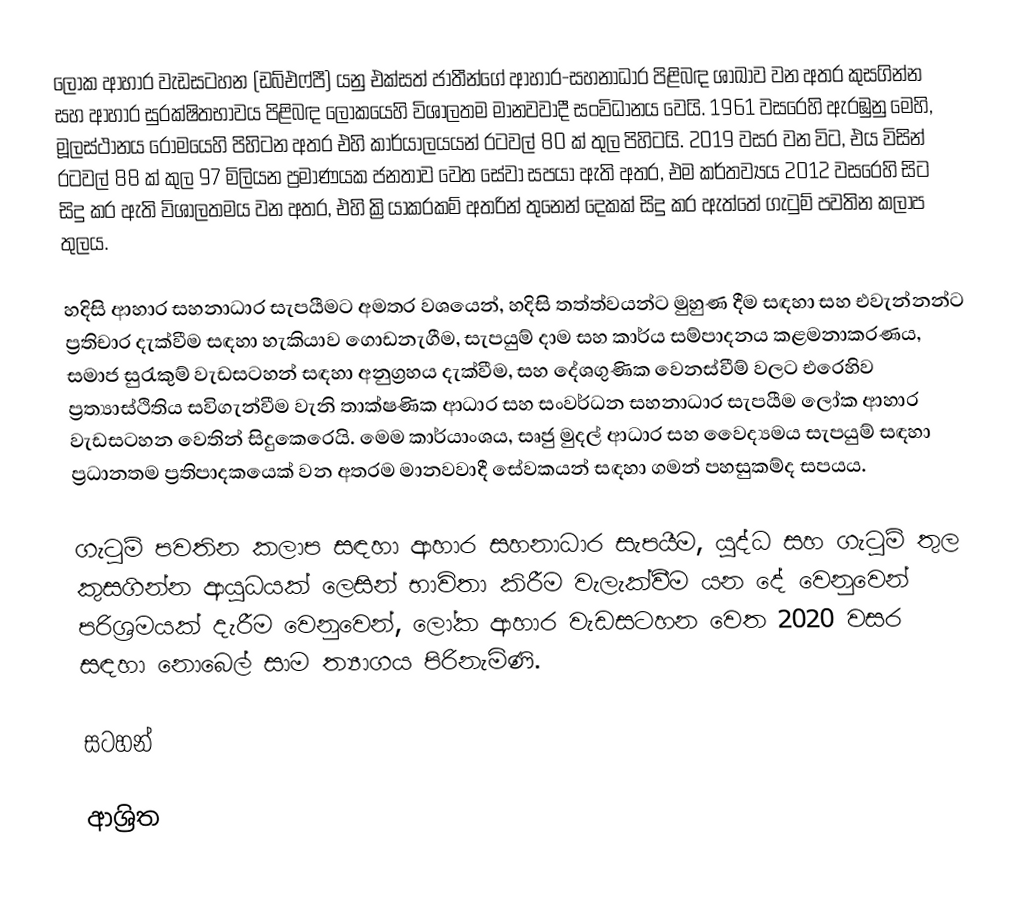
ලෝක ආහාර වැඩසටහන (ඩබ්එෆ්පී) යනු  එක්සත් ජාතීන්ගේ ආහාර-සහනාධාර පිළිබඳ ශාඛාව වන අතර කුසගින්න සහ  ආහාර සුරක්ෂිතභාවය පිළිබඳ ලෝකයෙහි විශාලතම මානවවාදී සංවිධානය වෙයි.   1961 වසරෙහි ඇරඹුනු මෙහි, මූලස්ථානය රෝමයෙහි පිහිටන අතර එහි කාර්යාලයයන් රටවල් 80 ක් තුල පිහිටයි.   2019 වසර වන විට, එය විසින්  රටවල් 88 ක් කුල 97 මිලියන ප්‍රමාණයක ජනතාව වෙත සේවා සපයා ඇති අතර, එම කර්තව්‍යය 2012 වසරෙහි සිට සිදු කර ඇති විශාලතමය වන අතර, එහි ක්‍රියාකරකම් අතරින් තුනෙන් දෙකක් සිදු කර ඇත්තේ ගැටුම් පවතින කලාප තුලය.

හදිසි ආහාර සහනාධාර සැපයීමට අමතර වශයෙන්, හදිසි තත්ත්වයන්ට මුහුණ දීම සඳහා සහ එවැන්නන්ට ප්‍රතිචාර දැක්වීම සඳහා හැකියාව ගොඩනැගීම,  සැපයුම් දාම සහ කාර්ය සම්පාදනය කළමනාකරණය, සමාජ සුරැකුම් වැඩසටහන් සඳහා අනුග්‍රහය දැක්වීම, සහ  දේශගුණික වෙනස්වීම් වලට එරෙහිව ප්‍රත්‍යාස්ථිතිය සවිගැන්වීම වැනි තාක්ෂණික ආධාර සහ සංවර්ධන සහනාධාර සැපයීම ලෝක ආහාර වැඩසටහන වෙතින් සිදුකෙරෙයි.  මෙම කාර්යාංශය, සෘජු මුදල් ආධාර සහ වෛද්‍යමය සැපයුම් සඳහා ප්‍රධානතම ප්‍රතිපාදකයෙක්  වන අතරම මානවවාදී සේවකයන් සඳහා ගමන් පහසුකම්ද සපයය.

ගැටුම් පවතින කලාප සඳහා ආහාර සහනාධාර සැපයීම, යුද්ධ සහ ගැටුම් තුල කුසගින්න ආයුධයක් ලෙසින් භාවිතා කිරීම වැලැක්වීම යන දේ වෙනුවෙන් පරිශ්‍රමයක් දැරීම වෙනුවෙන්,  ලෝක ආහාර වැඩසටහන වෙත   2020 වසර සඳහා නොබෙල් සාම ත්‍යාගය පිරිනැමිණි.

සටහන්

ආශ්‍රිත